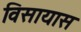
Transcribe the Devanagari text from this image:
विसायास